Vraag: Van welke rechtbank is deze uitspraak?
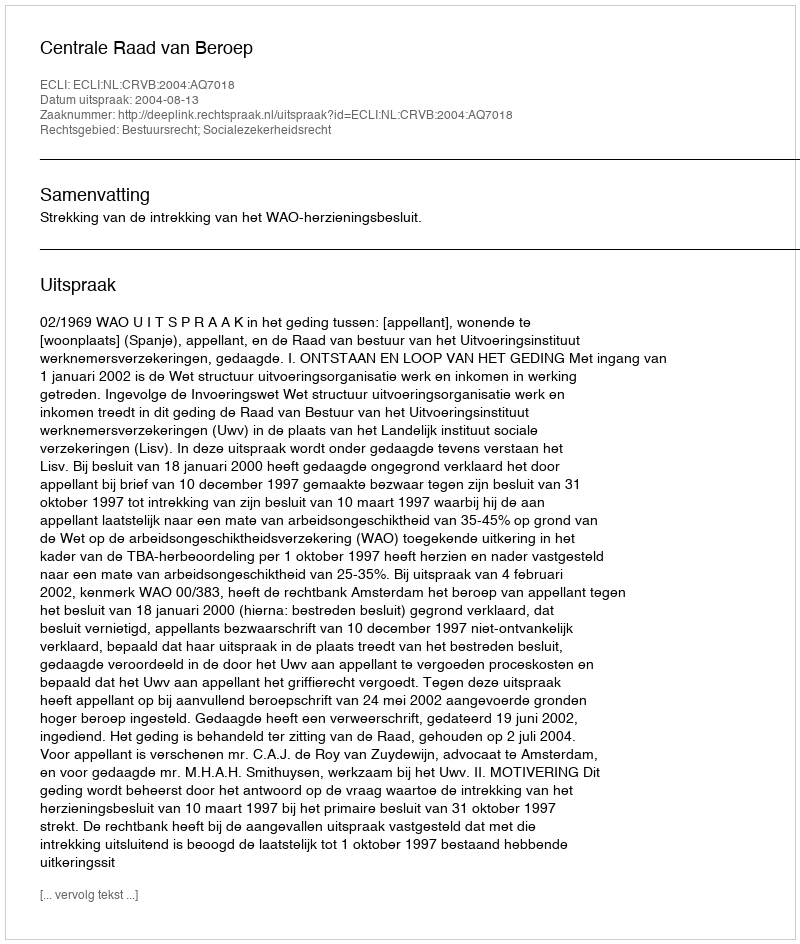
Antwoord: Centrale Raad van Beroep